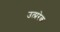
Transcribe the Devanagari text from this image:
उत्प्ररेक